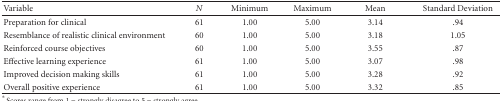
<table><thead><tr><td><b> Variable</b></td><td><b><i>N</i></b></td><td><b>Minimum</b></td><td><b>Maximum</b></td><td><b>Mean</b></td><td><b>Standard Deviation</b></td></tr></thead><tbody><tr><td>Preparation for clinical</td><td>61</td><td>1.00</td><td>5.00</td><td>3.14</td><td>.94</td></tr><tr><td>Resemblance of realistic clinical environment</td><td>60</td><td>1.00</td><td>5.00</td><td>3.18</td><td>1.05</td></tr><tr><td>Reinforced course objectives</td><td>60</td><td>1.00</td><td>5.00</td><td>3.55</td><td>.87</td></tr><tr><td>Effective learning experience</td><td>61</td><td>1.00</td><td>5.00</td><td>3.07</td><td>.98</td></tr><tr><td>Improved decision making skills</td><td>61</td><td>1.00</td><td>5.00</td><td>3.28</td><td>.92</td></tr><tr><td>Overall positive experience</td><td>61</td><td>1.00</td><td>5.00</td><td>3.32</td><td>.85</td></tr></tbody></table>